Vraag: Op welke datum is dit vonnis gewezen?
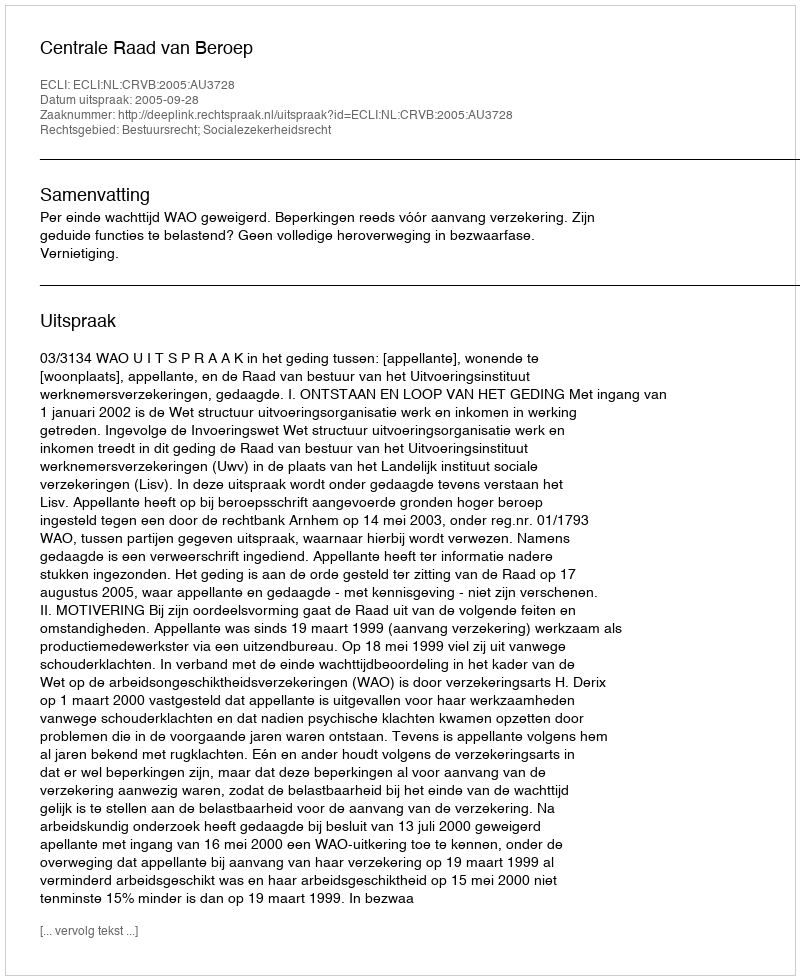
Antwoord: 2005-09-28